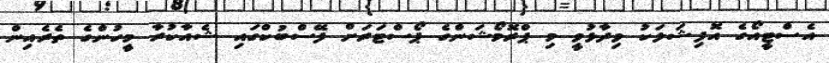
އެސްޓީއޯގެ އޮފިޝަލަކު ވިދާޅުވީ މި ޕްރޮމޯޝަންގެ ޕޯސްޓަރަށް ފޭސްބުކްގައި ޝެއާކުރާ މީހުންގެ ތެރެއިން